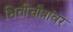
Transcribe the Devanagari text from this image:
भित्तीचीत्रांवर